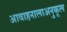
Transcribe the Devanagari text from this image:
आवाहनालाअनुकूल